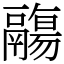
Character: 鬺